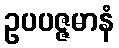
ဥပပဇ္ဇမာနံ